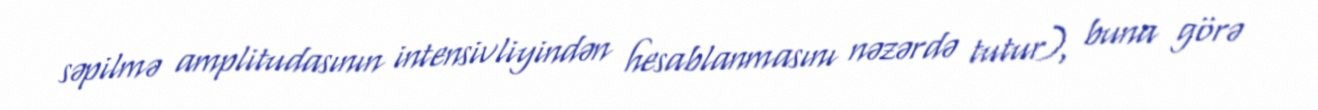
səpilmə amplitudasının intensivliyindən hesablanmasını nəzərdə tutur), buna görə